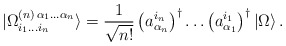
\begin{align*}|\Omega^{(n)\, \alpha_{1} \ldots \alpha_{n}}_{i_{1} \ldots i_{n}} \rangle = \frac{1}{\sqrt{n!}} \left( a_{\alpha_{n}}^{i_{n}} \right)^{\dagger} \ldots \left( a_{\alpha_{1}}^{i_{1}} \right)^{\dagger} |\Omega \rangle \, .\end{align*}